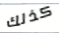
كذلك